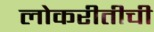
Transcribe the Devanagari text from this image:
लोकरीतीची